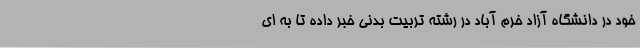
خود در دانشگاه آزاد خرم آباد در رشته تربیت بدنی خبر داده تا به ای